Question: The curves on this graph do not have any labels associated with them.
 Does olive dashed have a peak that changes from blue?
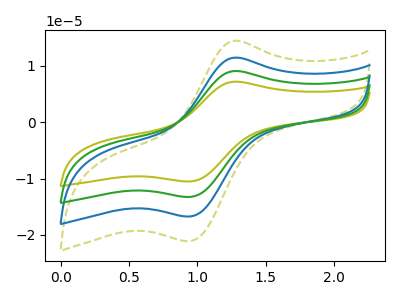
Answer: <think>The olive curve "olive" has an anodic peak at (1.30V, 34.45uA) and a cathodic peak at (0.95V, -50.20uA). The olive dashed curve "olive dashed" has an anodic peak at (1.30V, 14.50uA) and a cathodic peak at (0.95V, -21.10uA). The blue curve "blue" has an anodic peak at (1.30V, 11.50uA) and a cathodic peak at (0.95V, -16.75uA). The green curve "green" has an anodic peak at (1.30V, 22.95uA) and a cathodic peak at (0.95V, -33.45uA).
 All the peaks in "olive dashed" have a peak in "blue" at the same potential. Every peak in "olive dashed" is higher than every peak in "blue".</think>
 <answer>No, "olive dashed" and "blue" don't appear to be significantly different in shape</answer>
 <eval>no_change</eval>